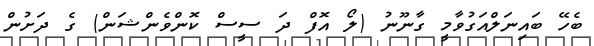
ބެހޭ ބައިނަލްއަގުވާމީ ގާނޫނު (ލޯ އޮފް ދަ ސީސް ކޮންވެންޝަން) ގެ ދަށުން